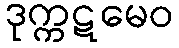
ဒုက္ကဋမေဝ